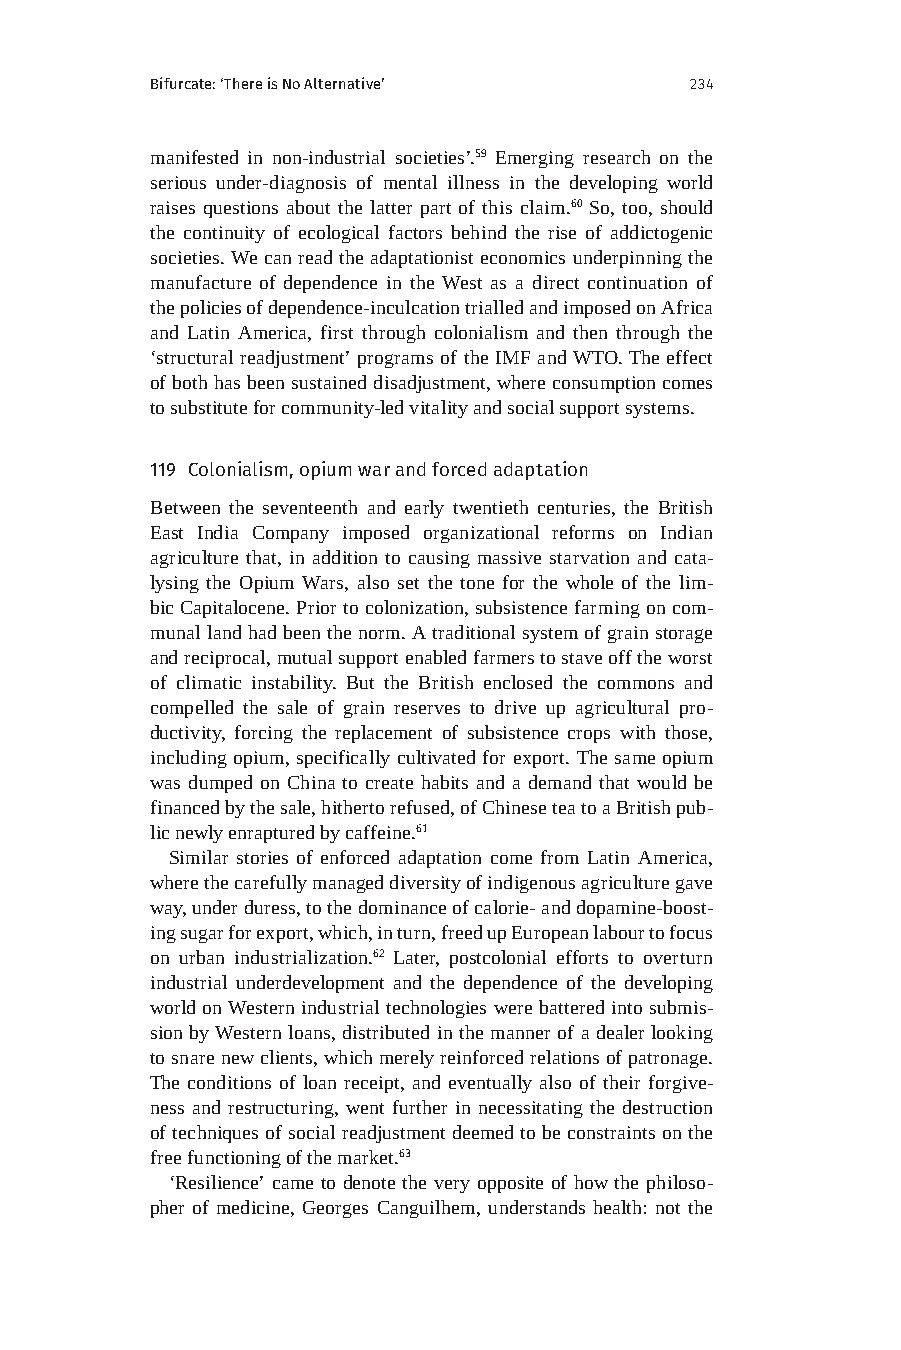
Bifurcate: ‘There is No Alternative’ 234
 manifested in non-industrial societies’.59 Emerging research on the
 serious under-diagnosis of mental illness in the developing world
 raises questions about the latter part of this claim.60 So, too, should
 the continuity of ecological factors behind the rise of addictogenic
 societies. We can read the adaptationist economics underpinning the
 manufacture of dependence in the West as a direct continuation of
 the policies of dependence-inculcation trialled and imposed on Africa
 and Latin America, first through colonialism and then through the
 ‘structural readjustment’ programs of the IMF and WTO. The effect
 of both has been sustained disadjustment, where consumption comes
 to substitute for community-led vitality and social support systems.
 119 Colonialism, opium war and forced adaptation
 Between the seventeenth and early twentieth centuries, the British
 East India Company imposed organizational reforms on Indian
 agriculture that, in addition to causing massive starvation and cata-
 lysing the Opium Wars, also set the tone for the whole of the lim-
 bic Capitalocene. Prior to colonization, subsistence farming on com-
 munal land had been the norm. A traditional system of grain storage
 and reciprocal, mutual support enabled farmers to stave off the worst
 of climatic instability. But the British enclosed the commons and
 compelled the sale of grain reserves to drive up agricultural pro-
 ductivity, forcing the replacement of subsistence crops with those,
 including opium, specifically cultivated for export. The same opium
 was dumped on China to create habits and a demand that would be
 financed by the sale, hitherto refused, of Chinese tea to a British pub-
 lic newly enraptured by caffeine.61
 Similar stories of enforced adaptation come from Latin America,
 where the carefully managed diversity of indigenous agriculture gave
 way, under duress, to the dominance of calorie- and dopamine-boost-
 ing sugar for export, which, in turn, freed up European labour to focus
 on urban industrialization.62 Later, postcolonial efforts to overturn
 industrial underdevelopment and the dependence of the developing
 world on Western industrial technologies were battered into submis-
 sion by Western loans, distributed in the manner of a dealer looking
 to snare new clients, which merely reinforced relations of patronage.
 The conditions of loan receipt, and eventually also of their forgive-
 ness and restructuring, went further in necessitating the destruction
 of techniques of social readjustment deemed to be constraints on the
 free functioning of the market.63
 ‘Resilience’ came to denote the very opposite of how the philoso-
 pher of medicine, Georges Canguilhem, understands health: not the